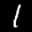
Label: 1